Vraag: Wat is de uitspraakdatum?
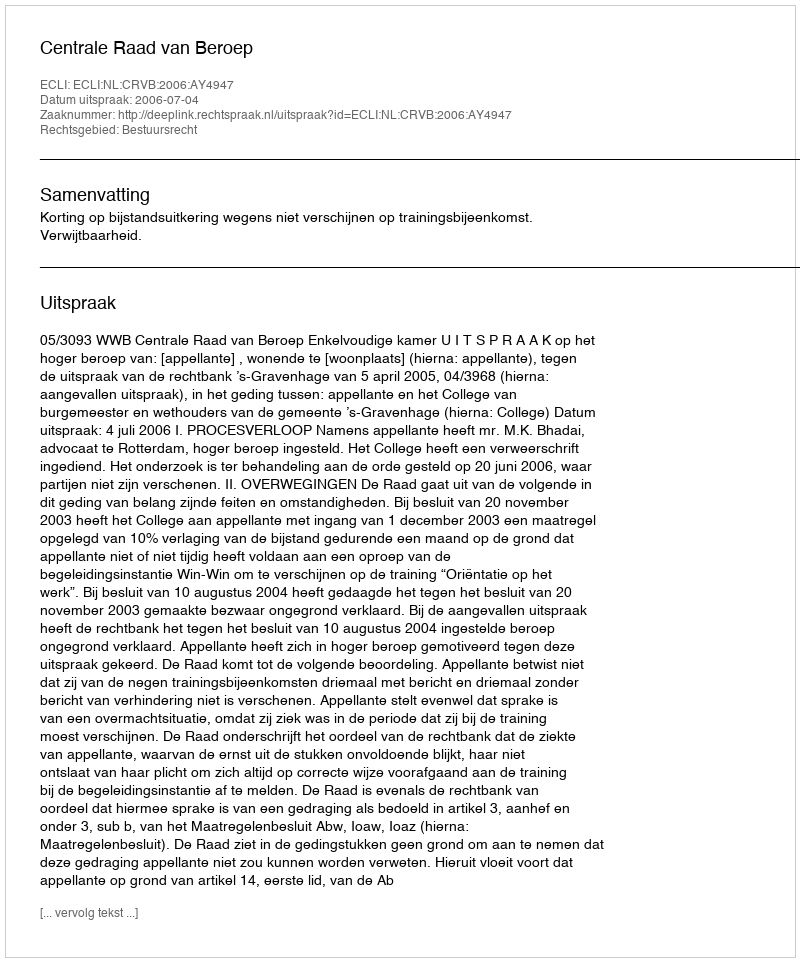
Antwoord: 2006-07-04